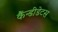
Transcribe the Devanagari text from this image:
कैंन्डीडेटस